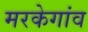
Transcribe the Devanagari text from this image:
मरकेगांव